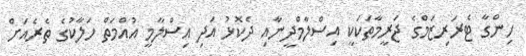
ހިންގާ ޓެރަރިޒަމްގެ ޖަރީމާތަކަކީ އިސްލާމްދީނާއި ދެކޮޅު އަދި އިސްލާމީ އުއްމަތް ހަލާކުގެ ތެރެއަށް